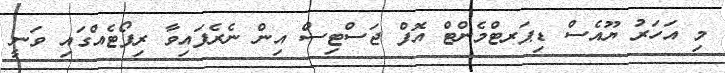
މި އަހަރު ޔޫއެސް ޑިޕަރޓްމެންޓް އޮފް ޖަސްޓިސް އިން ނެރެފައިވާ ރިޕޯޓެއްގައި ވަނީ